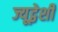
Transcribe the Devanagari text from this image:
ज्यूद्वेशी